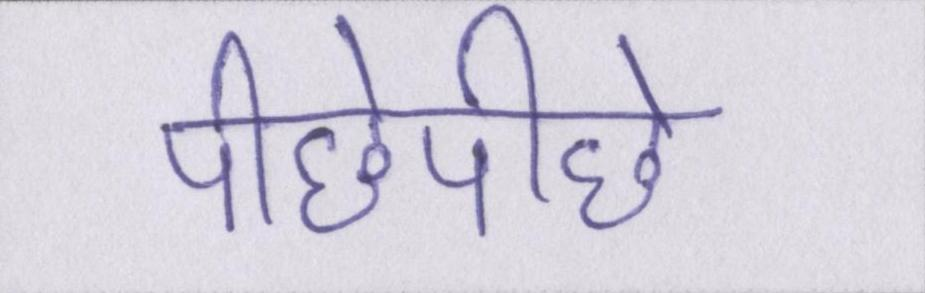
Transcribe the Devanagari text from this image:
पीछेपीछे